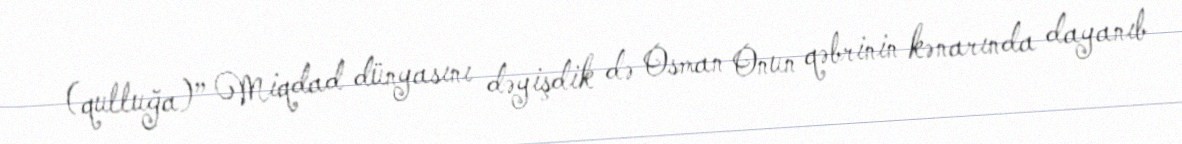
(qulluğa)” Miqdad dünyasını dəyişdik də Osman Onun qəbrinin kənarında dayanıb